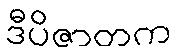
ဒီပိဇာတက